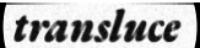
transluce